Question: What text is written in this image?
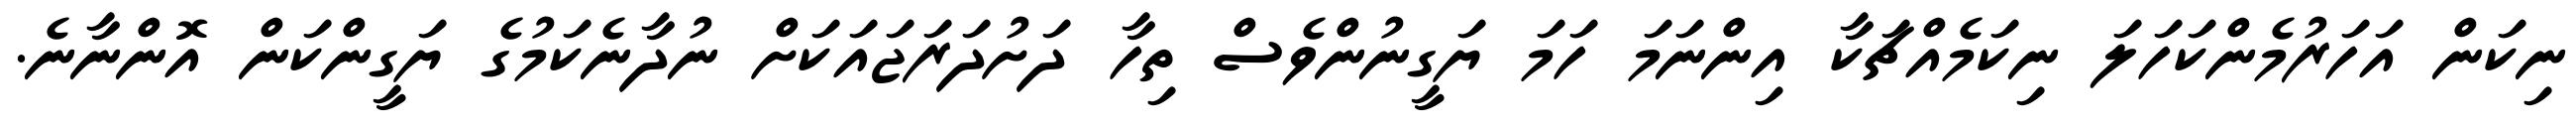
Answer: ނިކަން އަހަރުމެންކަހަލަ ނިކަމެއްޗަކާ އިންނަމަ ހަމަ ޔަގީނުންވެސް ތިހާ ދަށުދަރަޖައަކަށް ނުދާނެކަމުގެ ޔަގީންކަން އޮންނާނެ.